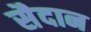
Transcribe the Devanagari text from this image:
सैदान